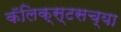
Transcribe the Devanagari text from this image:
कॅलिक्स्टसच्या